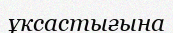
ұксастығына